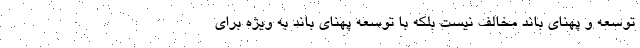
توسعه و پهنای باند مخالف نیست بلکه با توسعه پهنای باند به ویژه برای